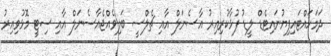
ދަމަހައްޓައިފިޔުނައިޓެޑް ލީޑު ފުޅާކުރިއިރު އާސެނަލް އާއި ޗެލްސީ ބަލިވެއްޖެއާސެނަލް އާއި ސިޓީ މޮޅުވިއިރު